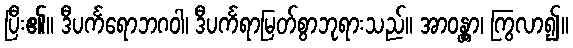
ပြီး၏။ ဒီပင်္ကရောဘဂဝါ၊ ဒီပင်္ကရာမြတ်စွာဘုရားသည်။ အာဝန္တွာ၊ ကြွလာ၍။